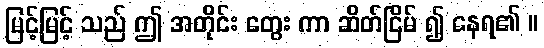
မြင့်မြင့် သည် ဤ အတိုင်း တွေး ကာ ဆိတ်ငြိမ် ၍ နေရ၏ ။